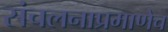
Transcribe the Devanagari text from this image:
संचलनाप्रमाणेच